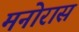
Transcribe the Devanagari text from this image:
मनोरास